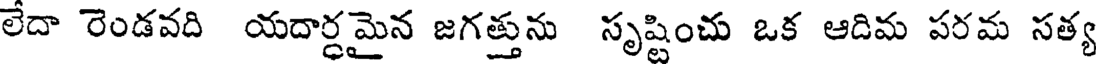
లేదా రెండవది యదార్ధమైన జగత్తును సృష్టించు ఒక ఆదిమ పరమ సత్య